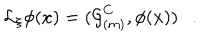
{ \cal L } _ { \xi } \phi ( x ) = ( { \cal G } _ { ( m ) } ^ { C } , \phi ( x ) ) .